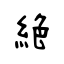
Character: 絶